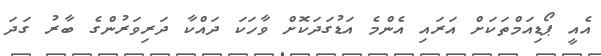
އެއީ ޕޯޑިއަމްތަކަށް އަރައި އެންމެ އަޑުގަދަކޮށް ވާހަކަ ދައްކާ ދަރިވަރުންގެ ބާރު ގަދަ